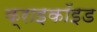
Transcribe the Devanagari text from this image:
क्राइकॉइड